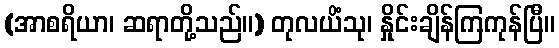
(အာစရိယာ၊ ဆရာတို့သည်။) တုလယိံသု၊ နှိုင်းချိန်ကြကုန်ပြီ။